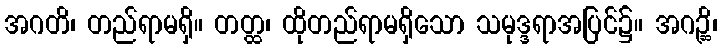
အဂတိ၊ တည်ရာမရှိ။ တတ္ထ၊ ထိုတည်ရာမရှိသော သမုဒ္ဒရာအပြင်၌။ အဂဉ္ဆိ၊